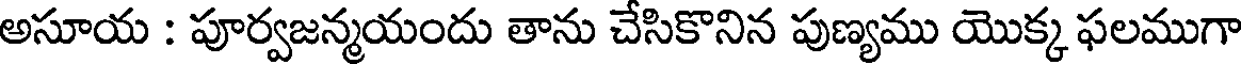
అసూయ : పూర్వజన్మయందు తాను చేసికొనిన పుణ్యము యొక్క ఫలముగా